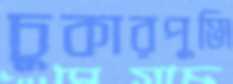
চুকারপুঞ্জি